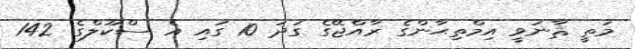
މަތީ ޘާނަވީ އިމްތިޙާންގެ ރާއްޖޭގެ ގަދަ 10 ގައި އެ ސްކޫލްގެ 142